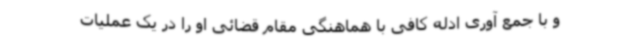
و با جمع آوری ادله کافی با هماهنگی مقام قضائی او را در یک عملیات